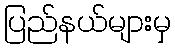
ပြည်နယ်များမှ